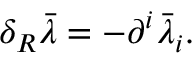
\delta _ { R } \bar { \lambda } = - \partial ^ { i } \bar { \lambda } _ { i } .